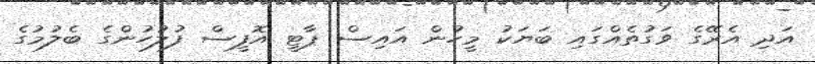
އަދި އެރޭގެ ވަގުތެއްގައި ބަޔަކު މީހުން އައިސް ޕާޓީ އޮފީސް ފުލުހުންގެ ބެލުމުގެ